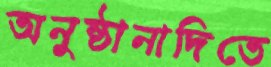
অনুষ্ঠানাদিতে